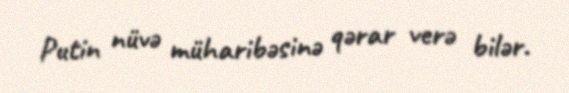
Putin nüvə müharibəsinə qərar verə bilər.